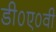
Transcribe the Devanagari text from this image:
डी०ए०वी